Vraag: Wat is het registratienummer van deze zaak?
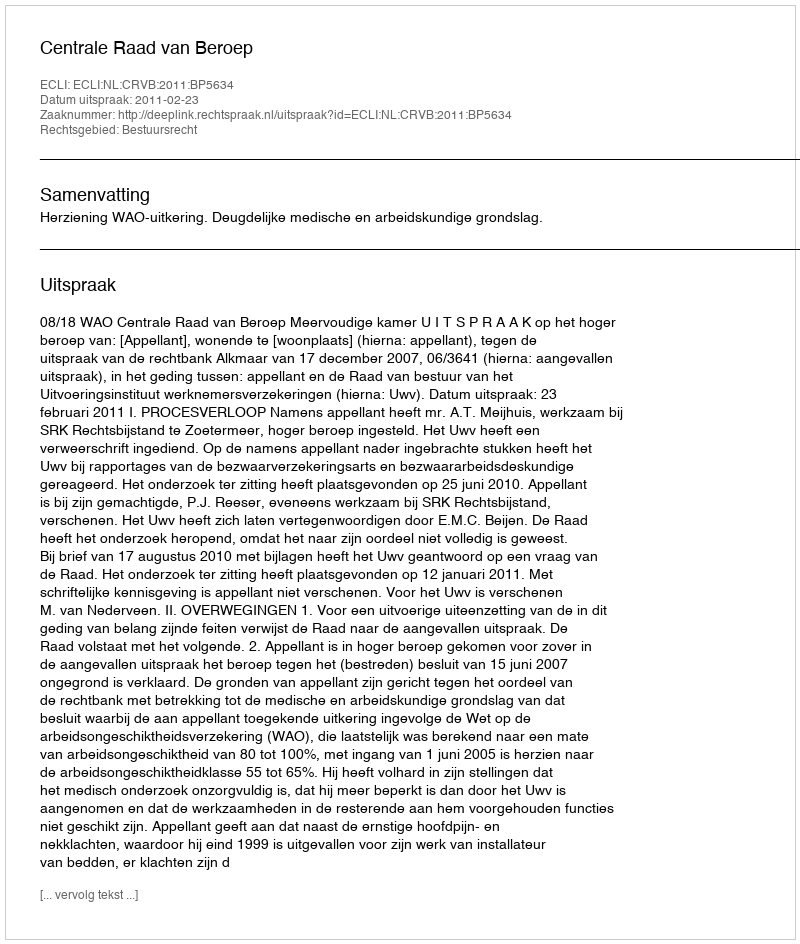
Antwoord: http://deeplink.rechtspraak.nl/uitspraak?id=ECLI:NL:CRVB:2011:BP5634